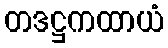
တဒဋ္ဌကထာယံ